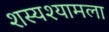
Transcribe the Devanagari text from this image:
शस्यश्यामला